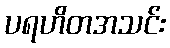
ပရဟိတအသင်း